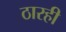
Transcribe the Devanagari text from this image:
ठारही